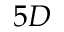
5 D